system: You are a helpful assistant.
user:
Analyze the provided spectrum to determine if it is a **Carbon Star (C-type)**.

- **Key Visual Indicators of Carbon Star:**
    - **(Primary):** Strong molecular absorption from **C₂ (diatomic carbon) "Swan Bands."** This is the **defining feature** of a carbon star.
        - **(Key Bandheads):** Sharp absorption edges are visible at approximately $5635$ Å, $5165$ Å (the strongest band), and $4737$ Å.
        - **(Line Profile):** Creates a distinct **"saw-tooth"** pattern. The key morphology is a sharp, steep bandhead on the **red (long-wavelength) side**, which then gradually tapers off (i.e., flux recovers) towards the **blue (short-wavelength) side**. *(This is the direct opposite of the TiO bands seen in M-type stars)*.

    - **(Secondary):** Intense **CN (cyanogen)** molecular absorption bands.
        - **(Key Bandheads):** Located in the blue and violet regions of the spectrum (e.g., near $4215$ Å and $3883$ Å).
        - **(Morphology):** These bands are extremely broad and act as a "blanket," absorbing the vast majority of blue and violet light. This creates a characteristic **"cliff"** or **"steep drop-off"** in the spectrum's flux at short wavelengths.

    - **(Key Confirmation):** Strong **CH absorption band (G-band)**.
        - **(Key Bandhead):** Located around $4300$ Å. The contribution from CH molecules to this band is exceptionally strong.

    - **(Overall Spectrum):**
        - The continuum is severely "chopped up" by these deep molecular bands, especially C₂, rather than appearing as a smooth curve.
        - Due to the heavy CN and C₂ absorption in the blue-green, the vast majority of the star's flux is concentrated in the red part of the spectrum, giving the star its characteristic deep red color.

Think first, call **spectral_visualization_tool** if needed to examine features in detail, then provide your final answer. Your response must adhere to the following strict rules:
1.  **Overall Structure:** Your response must follow the format `<think>...</think> <tool_call>...</tool_call> (if a tool is used) <answer>...</answer>`.
2.  **Tool Usage Constraint:** You may only make **one** tool call per turn.
3.  **Final Answer Format:** In the `<answer>` tag, your conclusion must be inside a `\boxed{}` command (e.g., `\boxed{YES}`), followed by your justification.

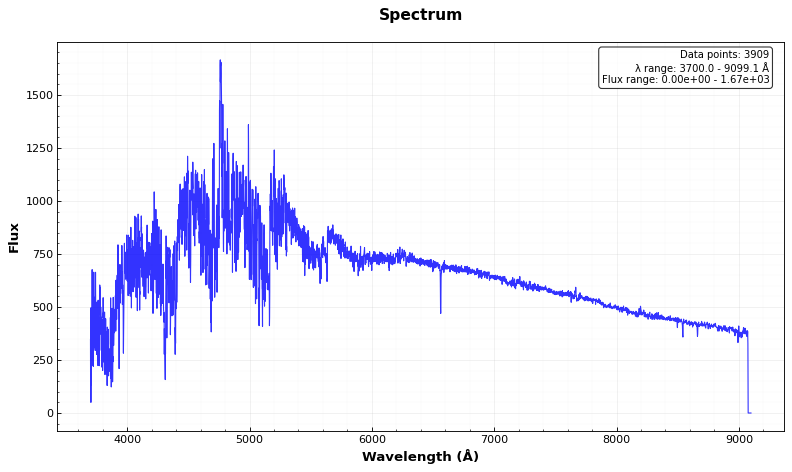
Answer: YES